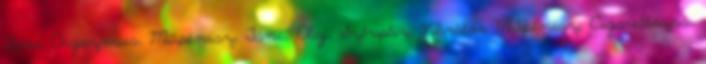
Tánc Orgazmus, Műpénisz, Tánc, Olaj, Sztriptíz, Vibrátor Műpénisz, Cigarettázás,